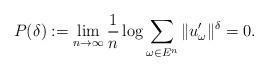
LaTeX: \begin{align*}P(\delta) := \lim_{n\to\infty} \frac1n\log\sum_{\omega\in E^n} \|u_\omega'\|^\delta = 0.\end{align*}